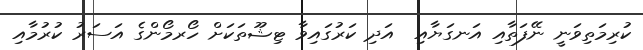
ކުރިމަތިވަނީ ނޭފަތާއި އަނގަޔާއި  އަދި ކަރުގައިވާ ޓިޝޫތަކަށް ހޯރމޯންގެ އަސަރު ކުރުމާއި